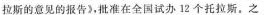
拉斯的意见的报告》，批准在全国试办12个托拉斯，之